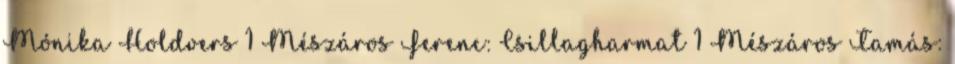
Mónika Holdvers 1 Mészáros Ferenc: Csillagharmat 1 Mészáros Tamás: